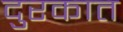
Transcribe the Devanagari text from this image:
दुरकात